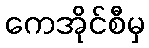
ကေအိုင်စီမှ